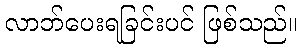
လာဘ်ပေးရခြင်းပင် ဖြစ်သည်။